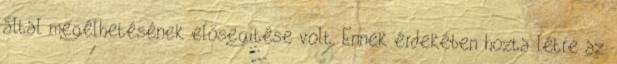
által megélhetésének elősegítése volt. Ennek érdekében hozta létre az